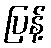
ပြန့်